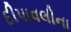
દીપાવલીના